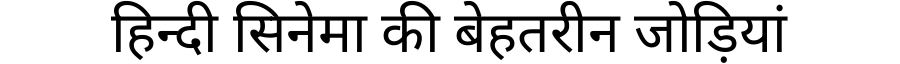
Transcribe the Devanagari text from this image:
हिन्दी सिनेमा की बेहतरीन जोड़ियां